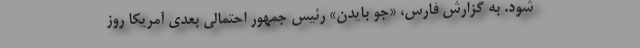
شود. به گزارش فارس، «جو بایدن» رئیس جمهور احتمالی بعدی آمریکا روز